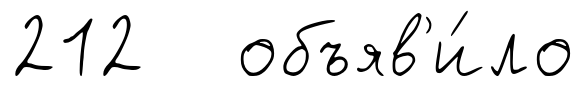
212 объяв'и́ло